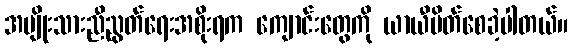
အမျိုးသားညီညွတ်ရေးအစိုးရက ကျောင်းတွေကို ယာယီပိတ်စေခဲ့ပါတယ်။